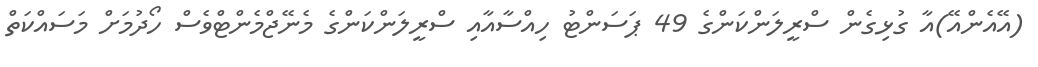
(އޭއެންއޭ)އާ ގުޅިގެން ސްރީލަންކަންގެ 49 ޕަސަންޓު ހިއްސާއާއި ސްރީލަންކަންގެ މެނޭޖްމެންޓްވެސް ހޯދުމަށް މަސައްކަތް